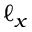
\ell _ { x }